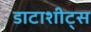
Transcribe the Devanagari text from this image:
डाटाशीट्स